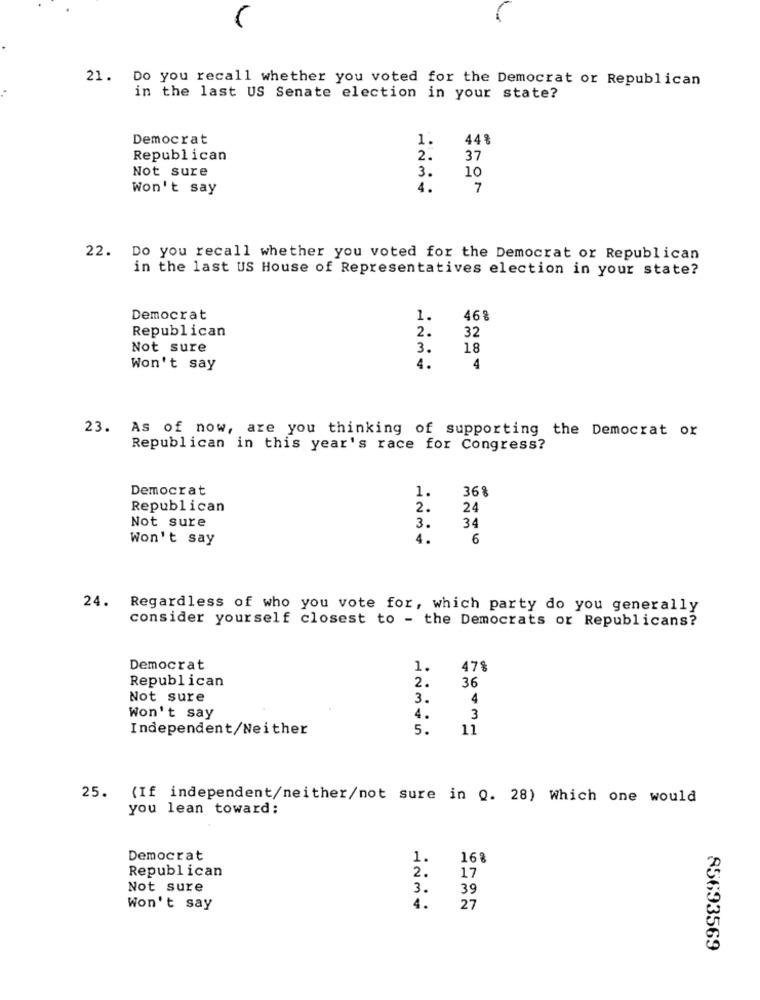
21. Do you recall whether you voted for the Democrat or Republican
in the last US Senate election in your state?
Democrat
1.
44%
Republican
2.
37
3.
10
Not sure
Won't say
4.
7
22. Do you recall whether you voted for the Democrat or Republican
in the last US House of Representatives election in your state?
Democrat
1.
46%
Republican
2.
32
Not sure
3.
18
Won't say
4.
4
23. As of now, are you thinking of supporting the Democrat or
Republican in this year's race for Congress?
Democrat
1.
36%
Republican
2.
24
Not sure
3.
34
Won't say
4.
6
24.
Regardless of who you vote for, which party do you generally
consider yourself closest to - the Democrats or Republicans?
Democrat
1.
47%
Republican
2.
36
Not sure
3.
4
Won't say
4.
3
Independent/Neither
5.
11
25. (If independent/neither/not sure in Q. 28) Which one would
you lean toward:
Democrat
1.
16%
Republican
2.
17
Not sure
3.
39
Won't say
4.
27
85693569